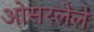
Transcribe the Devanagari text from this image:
ओसरलेले